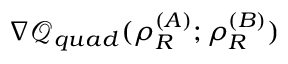
\nabla \mathcal { Q } _ { q u a d } ( \rho _ { R } ^ { ( A ) } ; \rho _ { R } ^ { ( B ) } )